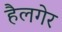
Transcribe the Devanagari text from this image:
हैलगेर